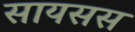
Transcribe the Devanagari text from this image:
सायसस